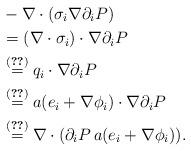
LaTeX: \begin{align*}&-\nabla \cdot (\sigma_i \nabla \partial_i P)\\&=(\nabla \cdot \sigma_i) \cdot \nabla \partial_i P\\&\stackrel{\eqref{EquationSigma}}{=}q_i \cdot \nabla \partial_i P\\&\stackrel{\eqref{Equationq}}{=}a(e_i+\nabla \phi_i) \cdot \nabla \partial_i P\\&\stackrel{\eqref{EquationCorrector}}{=}\nabla \cdot (\partial_i P\, a(e_i+\nabla \phi_i)).\end{align*}